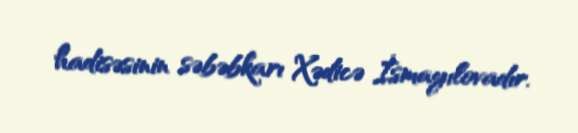
hadisəsinin səbəbkarı Xədicə İsmayılovadır.